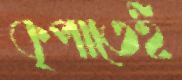
কৃপাতেই